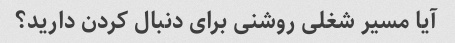
آیا مسیر شغلی روشنی برای دنبال کردن دارید؟